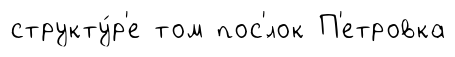
структу́р'е том пос'́лок П'етровка